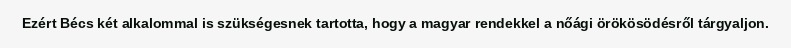
Ezért Bécs két alkalommal is szükségesnek tartotta, hogy a magyar rendekkel a nőági örökösödésről tárgyaljon.